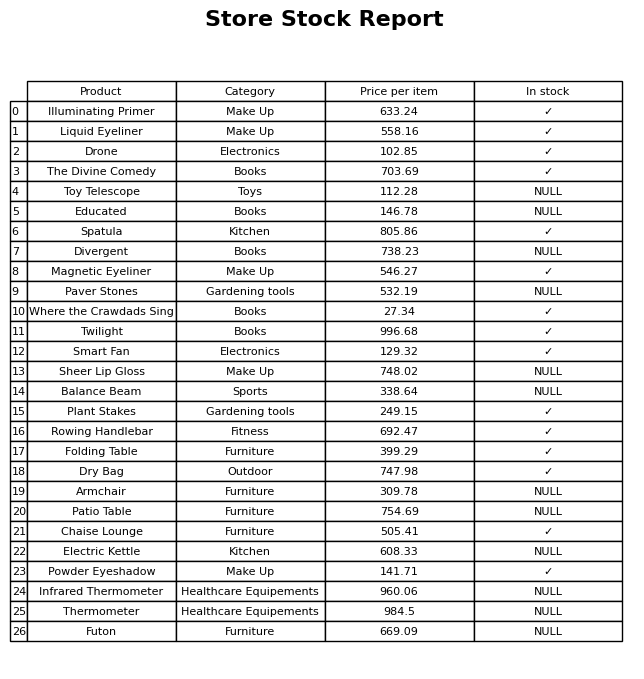
question: What is the price for Plant Stakes?
answer: The price of Plant Stakes is 249.15.